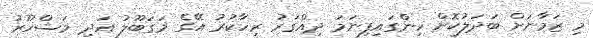
މި ޒަމާނަށް ބަދަލުކޮށް ހިންގައިފިނަމަ ދިއްގަރު ރިހާކުރު އޭގެ މަގަބޫލު އަދި މަޝްހޫރު